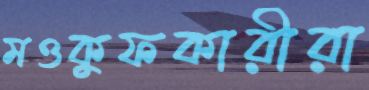
মওকুফকারীরা